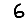
Digit: 6